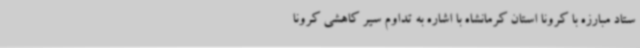
ستاد مبارزه با کرونا استان کرمانشاه با اشاره به تداوم سیر کاهشی کرونا